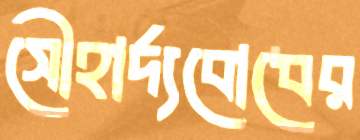
সৌহার্দ্যবোধের